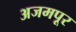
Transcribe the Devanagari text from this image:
अजमपूर